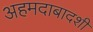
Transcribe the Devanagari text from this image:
अहमदाबादशी